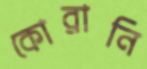
কোরানি